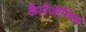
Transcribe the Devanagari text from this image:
कैलेजोनिया